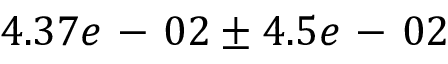
4 . 3 7 e \mathrm { ~ - ~ } 0 2 \pm 4 . 5 e \mathrm { ~ - ~ } 0 2